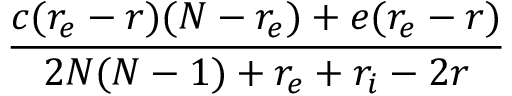
\frac { c ( r _ { e } - r ) ( N - r _ { e } ) + e ( r _ { e } - r ) } { 2 N ( N - 1 ) + r _ { e } + r _ { i } - 2 r }